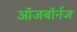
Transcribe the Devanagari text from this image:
ऑजबॉर्नज